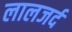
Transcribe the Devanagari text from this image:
लालजर्द